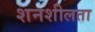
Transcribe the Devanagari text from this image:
शनशीलता